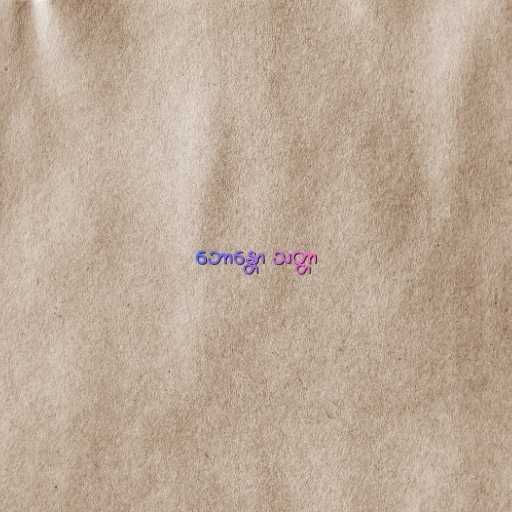
ဘောန္တော သတ္တာ